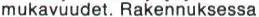
mukavuudet. Rakennuksessa